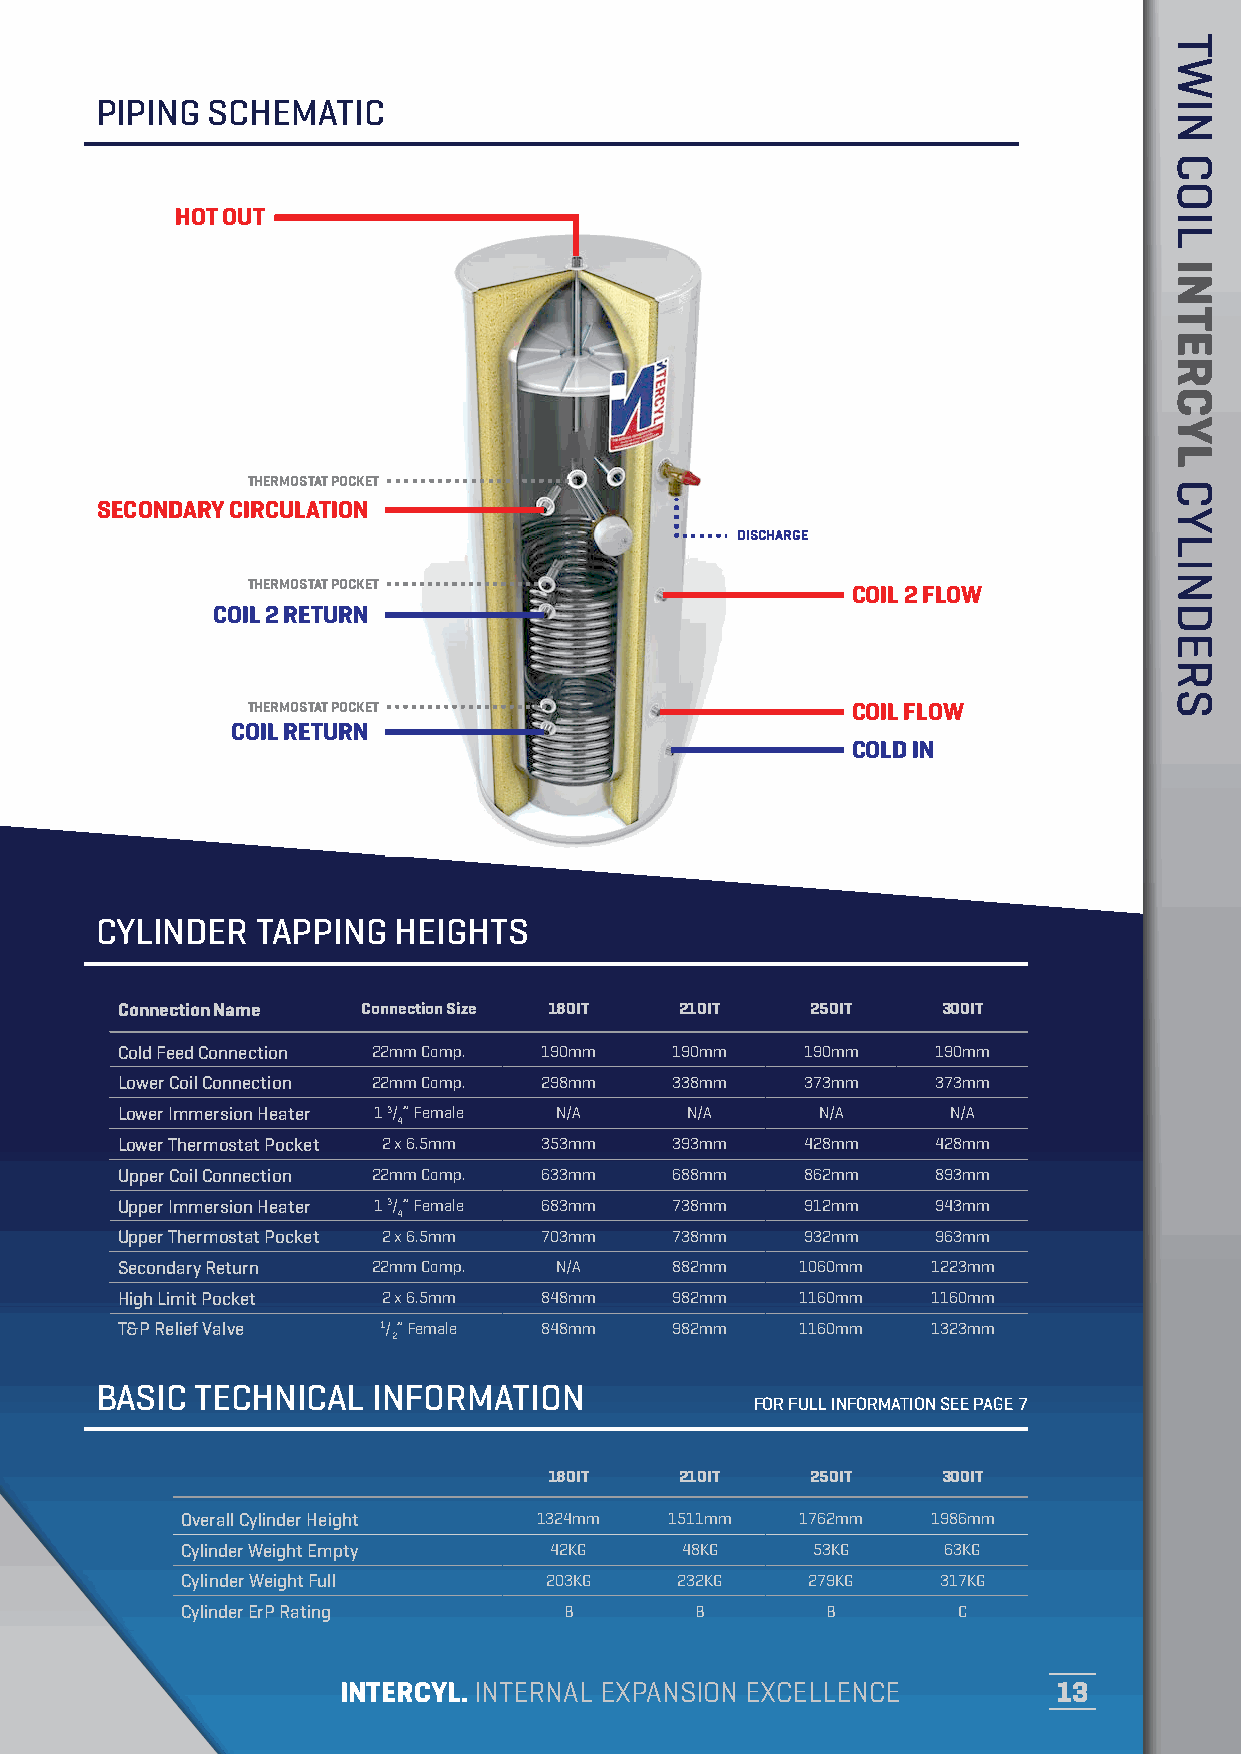
PIPING  SCHEMATIC
 HOT OUT
 THERMOSTAT POCKET
 SECONDARY CIRCULATION
 DISCHARGE
 THERMOSTAT POCKET
 COIL 2 FLOW
 COIL 2 RETURN
 THERMOSTAT POCKET                       COIL FLOW
 COIL RETURN
 COLD IN
 CYLINDER   TAPPING  HEIGHTS
 Connection Name Connection Size 180IT 210IT   250IT   300IT
 Cold Feed Connection 22mm Comp. 190mm 190mm  190mm    190mm
 Lower Coil Connection 22mm Comp. 298mm 338mm 373mm    373mm
 Lower Immersion Heater 1 3/” Female N/A N/A   N/A      N/A
 4
 Lower Thermostat Pocket 2 x 6.5mm 353mm 393mm 428mm   428mm
 Upper Coil Connection 22mm Comp. 633mm 688mm 862mm    893mm
 Upper Immersion Heater 1 3/” Female 683mm 738mm 912mm 943mm
 4
 Upper Thermostat Pocket 2 x 6.5mm 703mm 738mm 932mm   963mm
 Secondary Return 22mm Comp.  N/A    882mm    1060mm   1223mm
 High Limit Pocket 2 x 6.5mm 848mm   982mm    1160mm   1160mm
 T&P Relief Valve 1/” Female 848mm   982mm    1160mm   1323mm
 2
 BASIC  TECHNICAL   INFORMATION
 FOR FULL INFORMATION SEE PAGE 7
 180IT    210IT    250IT   300IT
 Overall Cylinder Height 1324mm  1511mm   1762mm   1986mm
 Cylinder Weight Empty   42KG     48KG     53KG    63KG
 Cylinder Weight Full    203KG    232KG   279KG    317KG
 Cylinder ErP Rating      B        B        B       C
 INTERCYL. INTERNAL EXPANSION EXCELLENCE        13
 TWIN
 COIL
 INTERCYL
 CYLINDERS